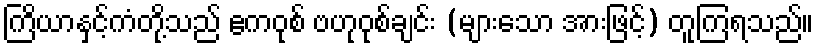
ကြိယာနှင့်ကံတို့သည် ဧကဝုစ် ဗဟုဝုစ်ချင်း (များသော အားဖြင့်) တူကြရသည်။